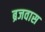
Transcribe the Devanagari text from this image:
ब्रजवास